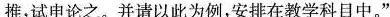
推，试申论之。并请以此为例，安排在教学科目中。”